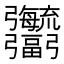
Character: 𢑎